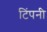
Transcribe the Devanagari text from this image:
टिंपनी